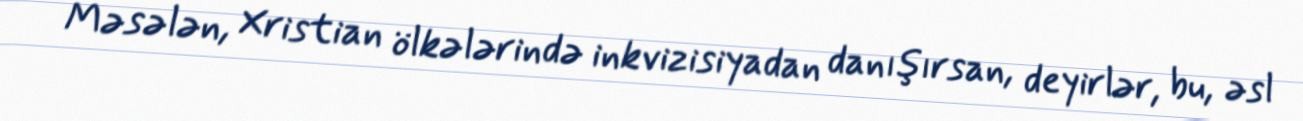
Məsələn, Xristian ölkələrində inkvizisiyadan danışırsan, deyirlər, bu, əsl